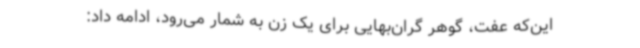
این‌که عفت، گوهر گران‌بهایی برای یک زن به شمار می‌رود، ادامه داد: